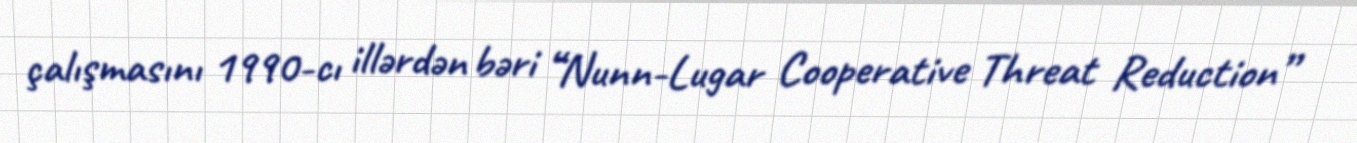
çalışmasını 1990-cı illərdən bəri “Nunn-Lugar Cooperative Threat Reduction”